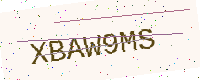
Text: XBAW9MS